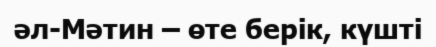
әл-Мәтин – өте берік, күшті